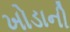
ખોડાની